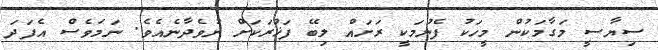
ސިޔާސީ މަގާމަކުން މީހަކު ފެނުމަކީ ރަށައް ލިބޭ ފަޚުރަކަށް ނުވެދާނެއެވެ. ނަމަވެސް އެފަދަ